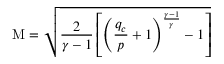
\mathrm { M } = { \sqrt { { \frac { 2 } { \gamma - 1 } } \left[ \left( { \frac { q _ { c } } { p } } + 1 \right) ^ { \frac { \gamma - 1 } { \gamma } } - 1 \right] } }